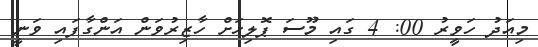
މިއަދު ހަވީރު 00: 4 ގައި މޫސަ ޕޮލިހަށް ހާޒިރުވަން އަންގާފައި ވަނީ